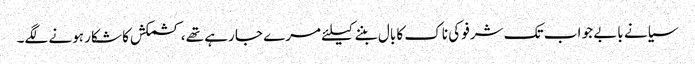
سیانے بابے جو اب تک شرفو کی ناک کا بال بننے کیلئے مرے جا رہے تھے، کشمکش کا شکار ہونے لگے۔